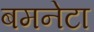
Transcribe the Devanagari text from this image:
बमनेटा